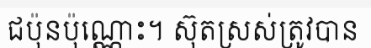
ជប៉ុនប៉ុណ្ណោះ។ ស៊ុតស្រស់ត្រូវបាន